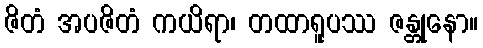
ဇိတံ အပဇိတံ ကယိရာ၊ တထာရူပဿ ဇန္တုနော။